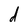
Character: d